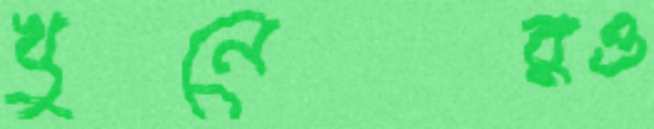
খুনেরও